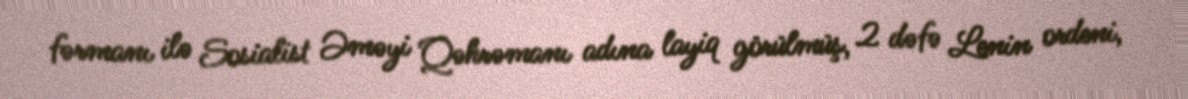
fərmanı ilə Sosialist Əməyi Qəhrəmanı adına layiq görülmüş, 2 dəfə Lenin ordeni,